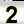
Digit: 2